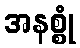
အနစ္စုံ